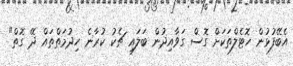
އެބޭފުޅުން ހޮޓެލްތަކަށް ގޮސް ގަވާއިދުން ބަލައި ޗެކު ކުރާނެ ހިދުމަތްތައް ދޭ ގޮތް"